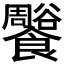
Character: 𩟨